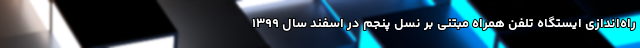
راه‌اندازی ایستگاه تلفن همراه مبتنی بر نسل پنجم در اسفند سال ۱۳۹۹